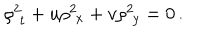
LaTeX: \rho _ { \, \, t } ^ { 2 } + u \rho _ { \, \, x } ^ { 2 } + v \rho _ { \, \, y } ^ { 2 } = 0 \, .